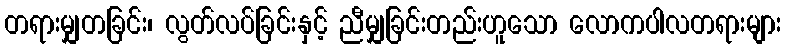
တရားမျှတခြင်း၊ လွတ်လပ်ခြင်းနှင့် ညီမျှခြင်းတည်းဟူသော လောကပါလတရားများ